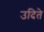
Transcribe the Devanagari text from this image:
उदिते